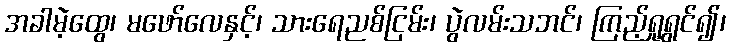
အခါမဲ့ထွေ၊ မဖော်လေနှင့်၊ သားရေညစ်ငြမ်း၊ ပွဲလမ်းသဘင်၊ ကြည့်ရှုရွှင်၍၊